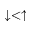
\downarrow < \uparrow